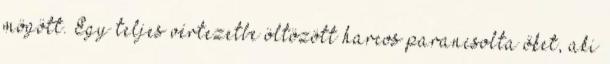
mögött. Egy teljes vértezetbe öltözött harcos parancsolta őket, aki